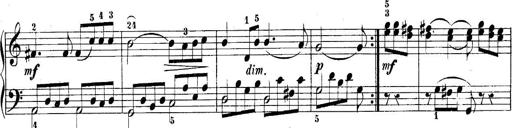
Title: 10 Sonatines progressives
Composer: Anton Schmoll